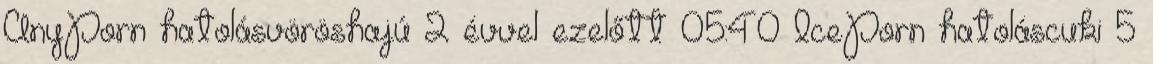
AnyPorn hatolásvöröshajú 2 évvel ezelőtt 05:40 IcePorn hatoláscuki 5